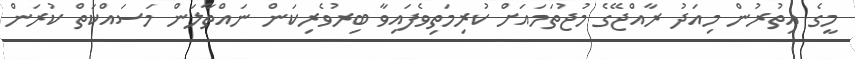
މީގެ އިތުރުން މިއަދު ރާއްޖޭގެ މުޖުތަމައަށް ކުރިމަތިވެފައިވާ ބިރުވެރިކަން ނައްތާލަން މަސައްކަތް ކުރަން